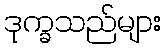
ဒုက္ခသည်များ